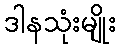
ဒါနသုံးမျိုး